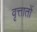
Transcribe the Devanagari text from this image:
वृत्तातों